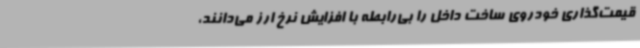
قیمت‌گذاری خودروی ساخت داخل را بی‌رابطه با افزایش نرخ ارز می‌دانند،